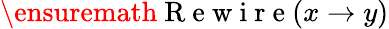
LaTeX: \ensuremath{\mathrm{~R~e~w~i~r~e~}}(x\to y)